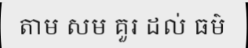
តាម សម គួរ ដល់ ធម៌